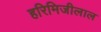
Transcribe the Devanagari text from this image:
हरिमिजीलाल